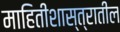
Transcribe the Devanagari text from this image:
माहितीशास्त्रातील